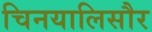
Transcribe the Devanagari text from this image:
चिनयालिसौर